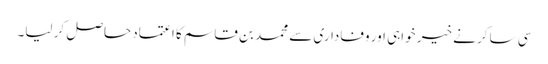
سی ساکر نے خیر خواہی اور وفاداری سے محمد بن قاسم کا اعتماد حاصل کر لیا۔